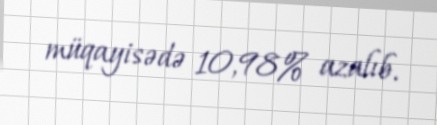
müqayisədə 10,98% azalıb.